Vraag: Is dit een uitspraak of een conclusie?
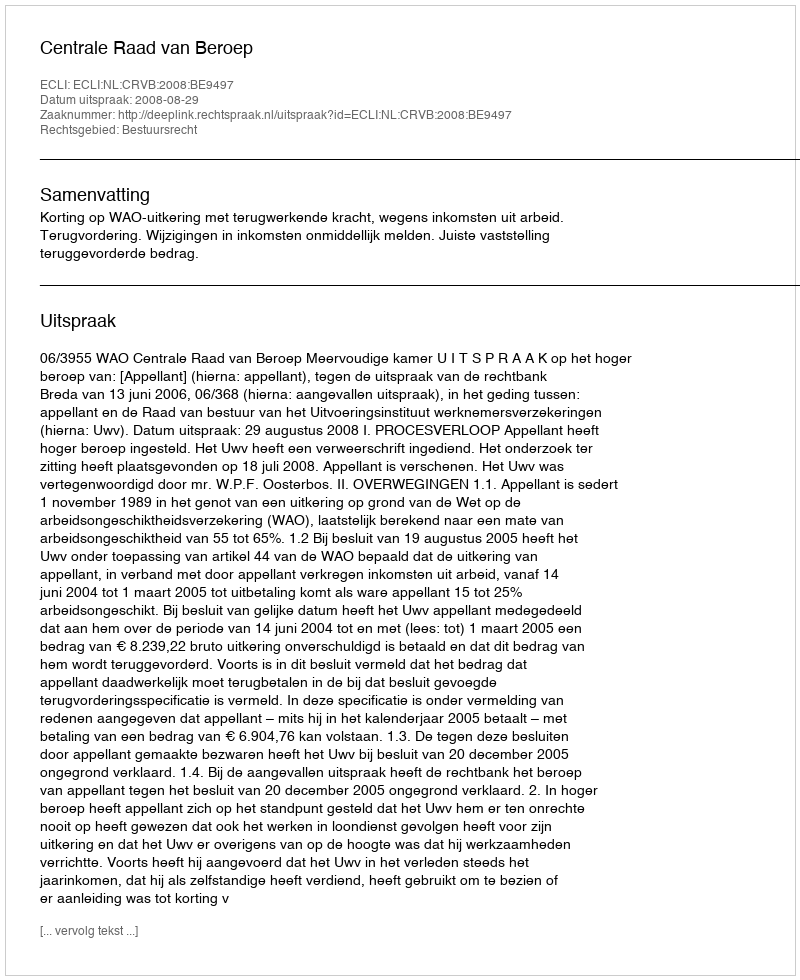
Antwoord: Uitspraak